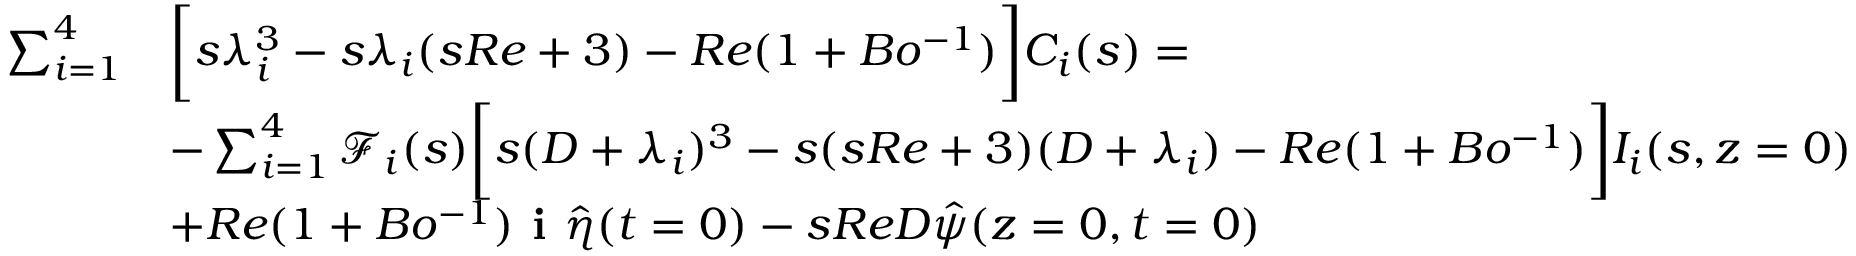
\begin{array} { r l } { \sum _ { i = 1 } ^ { 4 } } & { \bigg [ s \lambda _ { i } ^ { 3 } - s \lambda _ { i } ( s R e + 3 ) - R e ( 1 + B o ^ { - 1 } ) \bigg ] C _ { i } ( s ) = } \\ & { - \sum _ { i = 1 } ^ { 4 } \mathscr { F } _ { i } ( s ) \bigg [ s ( D + \lambda _ { i } ) ^ { 3 } - s ( s R e + 3 ) ( D + \lambda _ { i } ) - R e ( 1 + B o ^ { - 1 } ) \bigg ] I _ { i } ( s , z = 0 ) } \\ & { + R e ( 1 + B o ^ { - 1 } ) \textbf { i } \hat { \eta } ( t = 0 ) - s R e D \hat { \psi } ( z = 0 , t = 0 ) } \end{array}